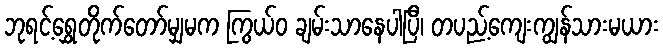
ဘုရင့်ရွှေတိုက်တော်မျှမက ကြွယ်ဝ ချမ်းသာနေပါပြီ၊ တပည့်ကျေးကျွန်သားမယား